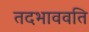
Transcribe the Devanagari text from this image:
तदभाववति